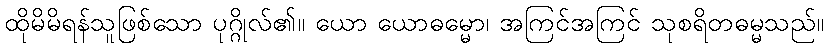
ထိုမိမိရန်သူဖြစ်သော ပုဂ္ဂိုလ်၏။ ယော ယောဓမ္မော၊ အကြင်အကြင် သုစရိတဓမ္မသည်။